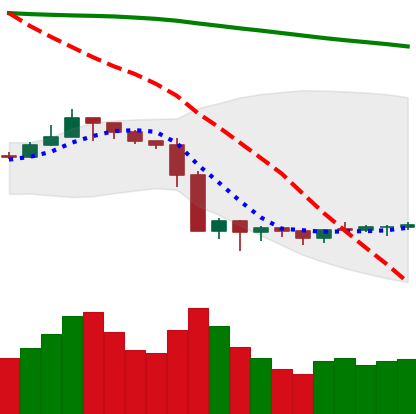
Ticker: LTC-USD
Chart end date: 2019-10-04
Forward return: 4.534%
Label: up_3_5